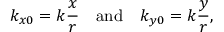
k _ { x 0 } = k \frac { x } { r } \quad \mathrm { a n d } \quad k _ { y 0 } = k \frac { y } { r } ,